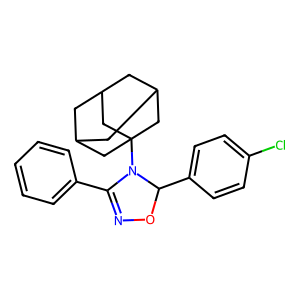
SMILES: Clc1ccc(C2ON=C(c3ccccc3)N2C23CC4CC(CC(C4)C2)C3)cc1
Inhibits HIV replication: No